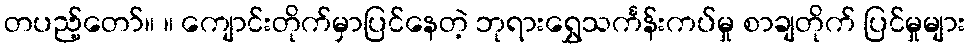
တပည့်တော်။ ။ ကျောင်းတိုက်မှာပြင်နေတဲ့ ဘုရားရွှေသင်္ကန်းကပ်မှု စာချတိုက် ပြင်မှုများ